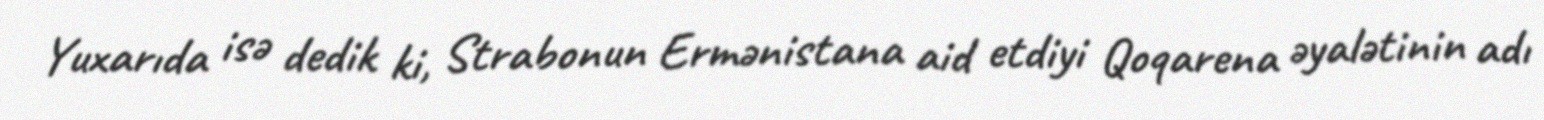
Yuxarıda isə dedik ki, Strabonun Ermənistana aid etdiyi Qoqarena əyalətinin adı